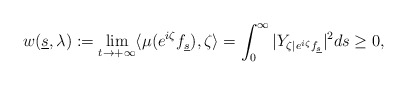
\begin{align*}w(\underline{s},\lambda):= \lim_{t \to +\infty} \langle \mu(e^{i\zeta}f_{\underline s}),\zeta\rangle = \int_0^\infty |Y_{\zeta|e^{i\zeta}f_{\underline s}}|^2ds \geq 0,\end{align*}